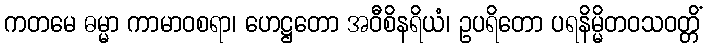
ကတမေ ဓမ္မာ ကာမာဝစရာ၊ ဟေဋ္ဌတော အဝီစိနရိယံ၊ ဥပရိတော ပရနိမ္မိတဝသဝတ္တိံ